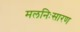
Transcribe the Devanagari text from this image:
मलनिःसारण